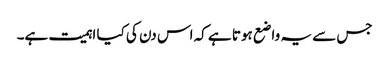
جس سے یہ واضع ہوتا ہے کہ اس دن کی کیا اہمیت ہے۔